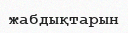
жабдықтарын